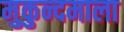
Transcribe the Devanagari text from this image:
मुकुन्दमाला